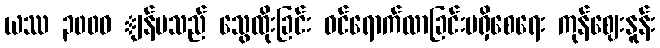
ယဿ ၃၀၀ဝ ျန်မသည် သွေထိုးခြင်း ဝင်ရောက်လာခြင်းမရှိစေရေး ကုန်ဈေးနူန်း